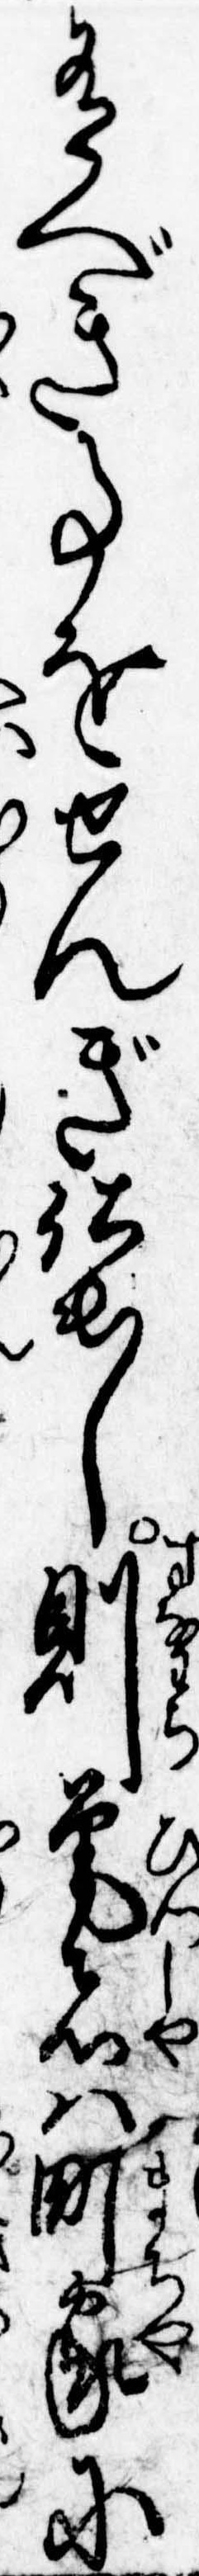
有べき事をせんぎ仕出し則筆者は町家に